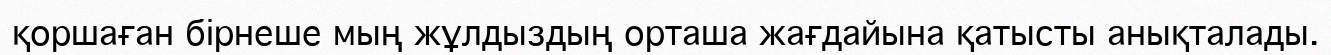
қоршаған бірнеше мың жұлдыздың орташа жағдайына қатысты анықталады.